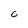
Character: c